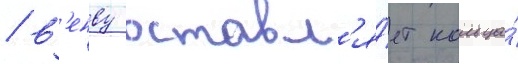
/ в'енву оставл'я́ет кольца́